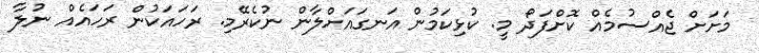
މަށަށް ޖެއްސުމެއް ކޮށްފަދޯ މީ. ކުޅިކަމުން އަނގައަށްލާން ނުކެރޭމި. ރަހައަކުން ރަހައެއް ނުލާ